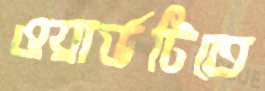
ওয়ার্ডটিতে